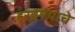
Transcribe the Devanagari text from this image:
हरवण्याचे